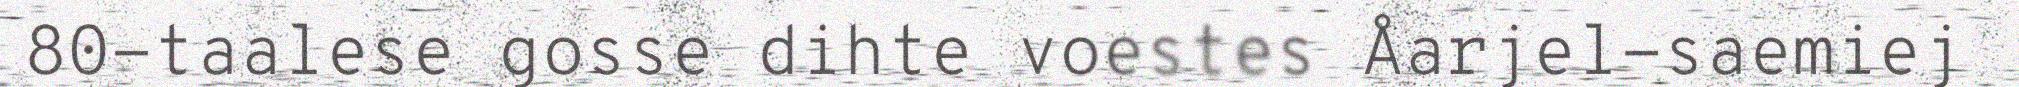
80-taalese gosse dihte voestes Åarjel-saemiej